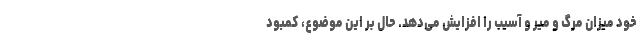
خود میزان مرگ و میر و آسیب را افزایش می‌دهد. حال بر این موضوع، کمبود